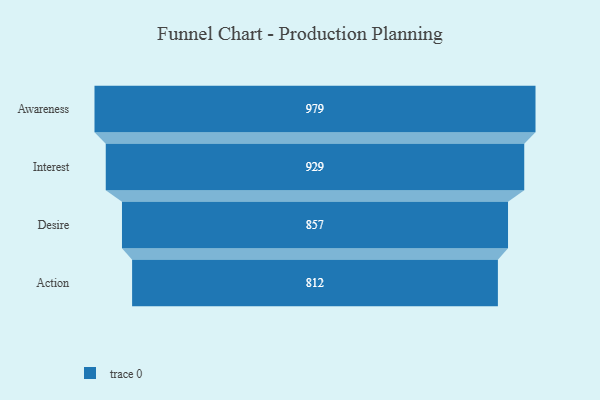
{"axis": {"x": "Stage", "y": "Value"}, "legend": [""], "data": [{"x": "Awareness", "y": 979.0, "type": ""}, {"x": "Interest", "y": 929.0, "type": ""}, {"x": "Desire", "y": 857.0, "type": ""}, {"x": "Action", "y": 812.0, "type": ""}]}